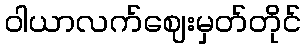
ဝါယာလက်ဈေးမှတ်တိုင်